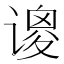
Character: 𫍺